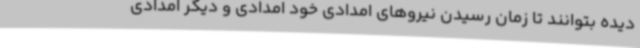
دیده بتوانند تا زمان رسیدن نیروهای امدادی خود امدادی و دیگر امدادی